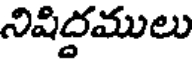
నిషిద్దములు